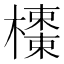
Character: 𣝬